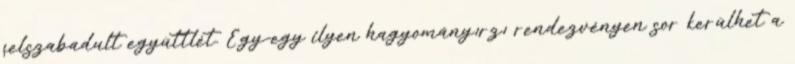
felszabadult együttlét. Egy-egy ilyen hagyományırzı rendezvényen sor kerülhet a